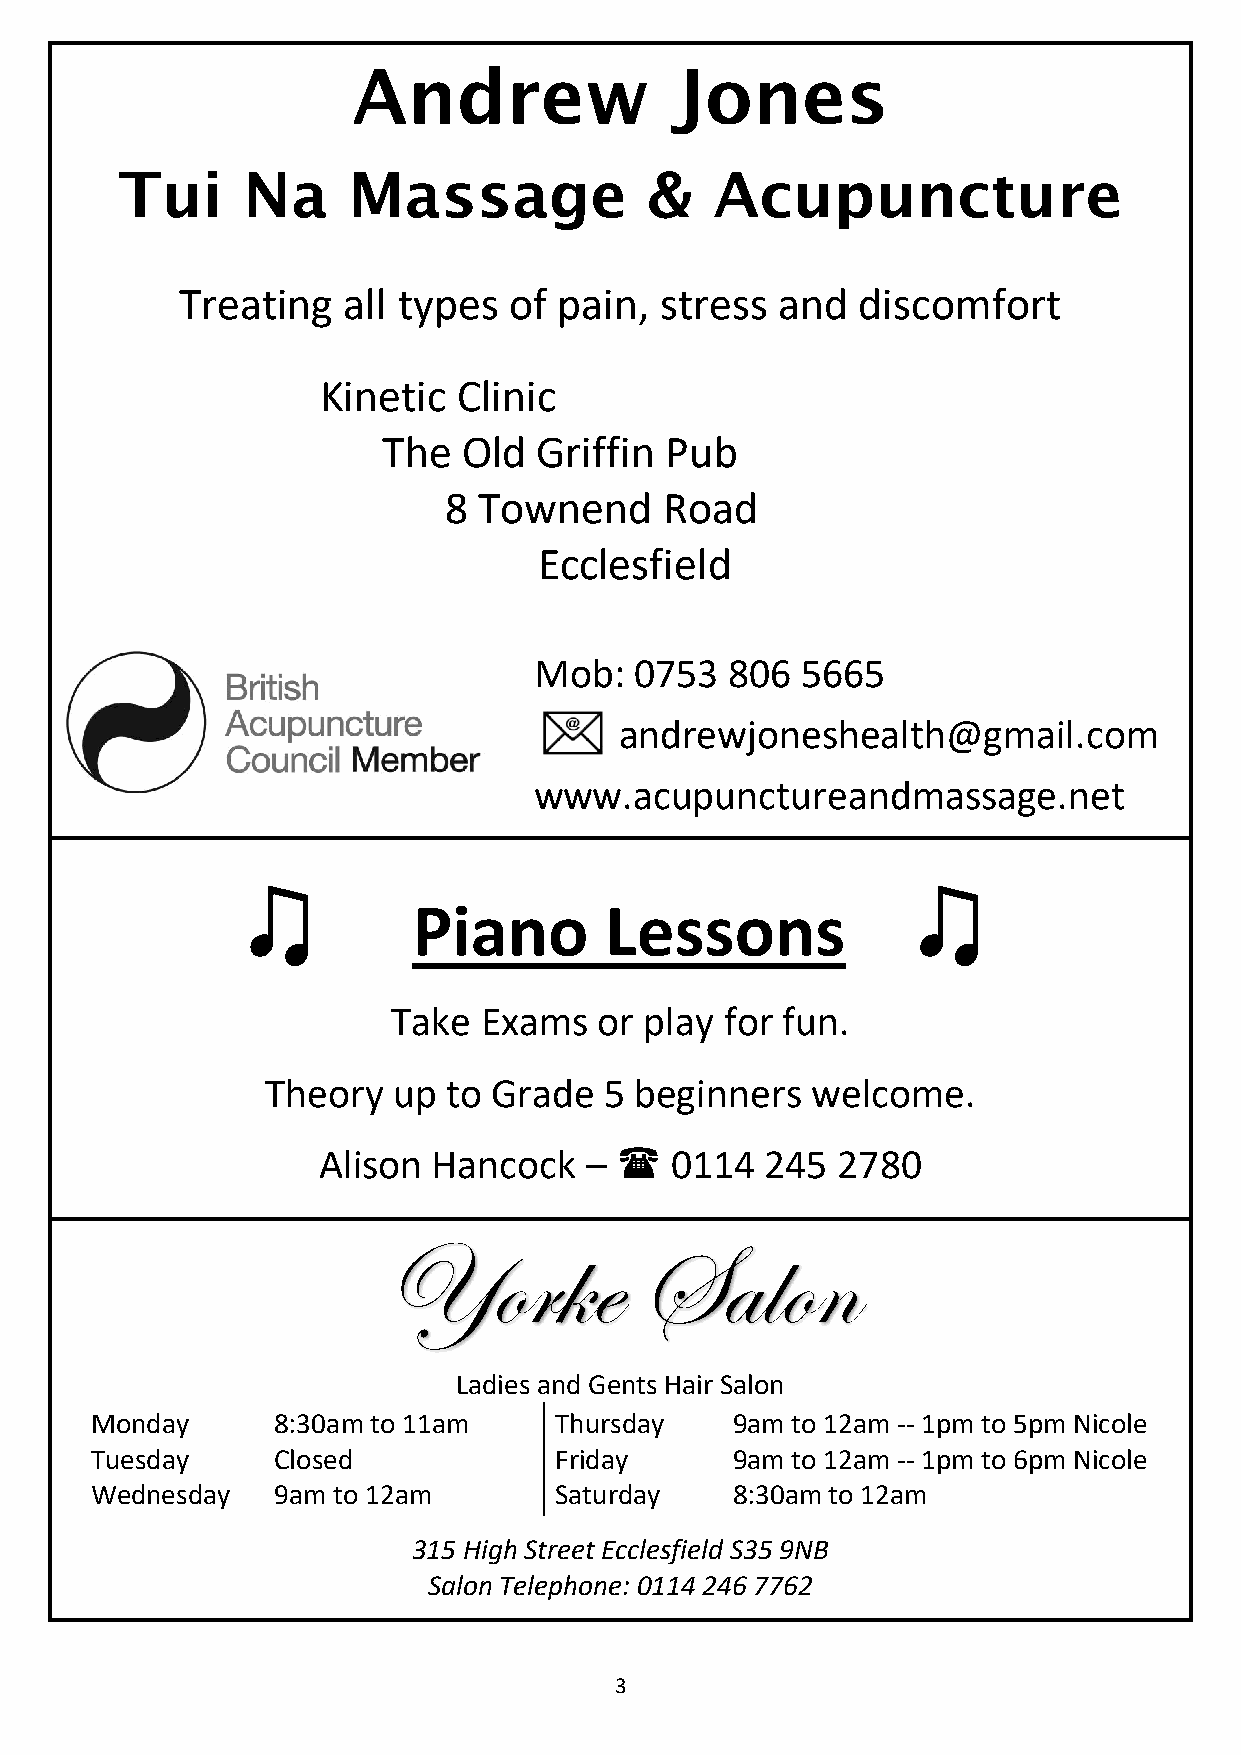
Andrew                Jones
 Tui     Na     Massage             &   Acupuncture
 Treating   all types  of pain,  stress  and  discomfort
 Kinetic  Clinic
 The   Old  Griffin Pub
 8  Townend     Road
 Ecclesfield
 Mob:   0753  806  5665
 andrewjoneshealth@gmail.com
 www.acupunctureandmassage.net
 ♫                                           ♫
 Piano        Lessons
 Take  Exams   or play for fun.
 Theory  up  to Grade  5 beginners   welcome.
 Alison  Hancock   –   0114   245 2780
 Yorke            Salon
 Ladies and Gents Hair Salon
 Monday      8:30am to 11am     Thursday   9am to 12am -- 1pm to 5pm Nicole
 Tuesday     Closed             Friday     9am to 12am -- 1pm to 6pm Nicole
 Wednesday   9am to 12am        Saturday   8:30am to 12am
 315 High Street Ecclesfield S35 9NB
 Salon Telephone: 0114 246 7762
 3